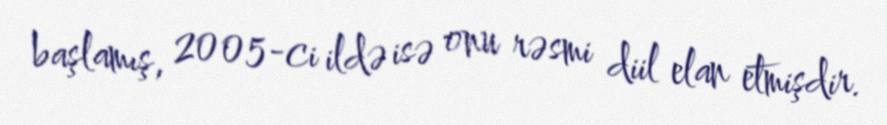
başlamış, 2005-ci ildə isə onu rəsmi diil elan etmişdir.